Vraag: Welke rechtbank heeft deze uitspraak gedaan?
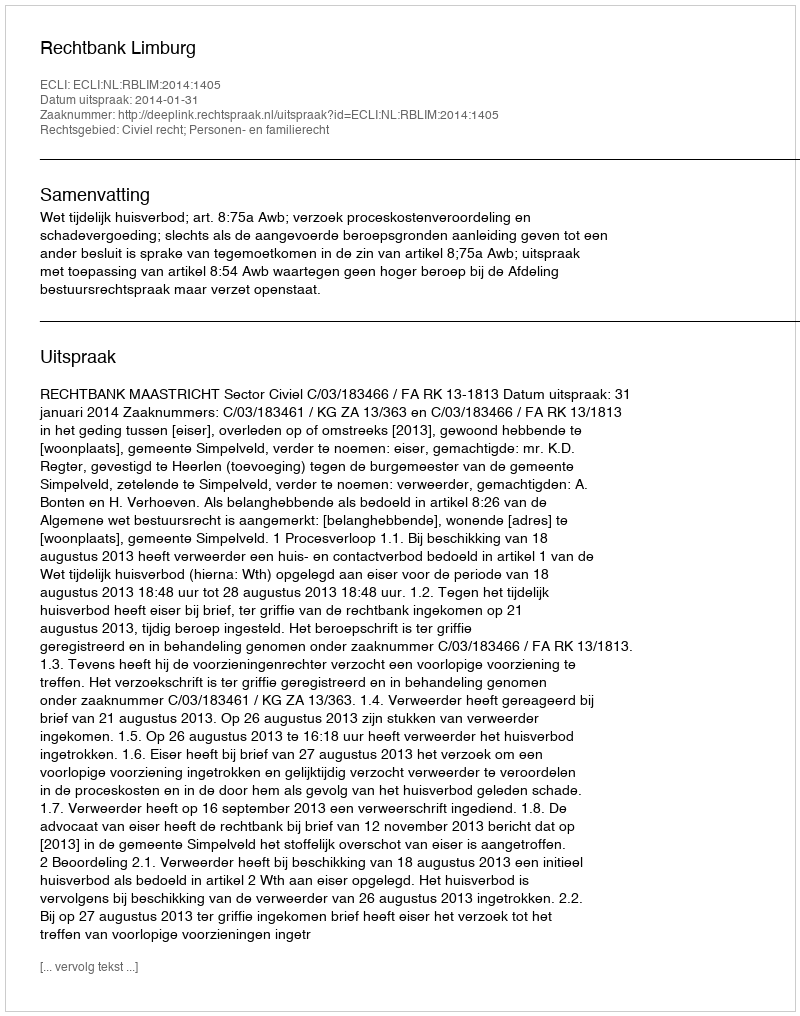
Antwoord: Rechtbank Limburg